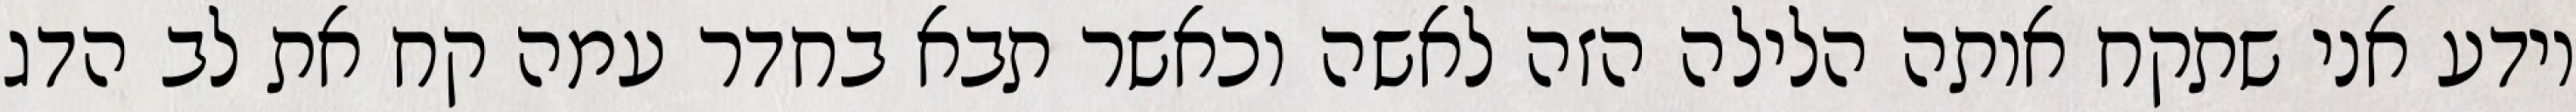
יודע אני שתקח אותה הלילה הזה לאשה וכאשר תבא בחדר עמה קח את לב הדג